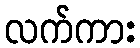
လက်ကား